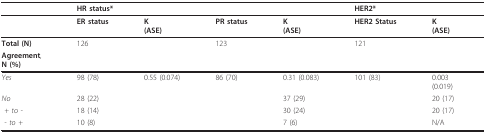
<table><thead><tr><td></td><td colspan="4"><b>HR status*</b></td><td><b>HER2*</b></td><td></td></tr></thead><tbody><tr><td></td><td><b>ER status</b></td><td><b>K</b><b>(ASE)</b></td><td><b>PR status</b></td><td><b>K</b><b>(ASE)</b></td><td><b>HER2 Status</b></td><td><b>K</b><b>(ASE)</b></td></tr><tr><td><b>Total (N)</b></td><td>126</td><td></td><td>123</td><td></td><td>121</td><td></td></tr><tr><td><b>Agreement</b>,<b>N (%)</b></td><td></td><td></td><td></td><td></td><td></td><td></td></tr><tr><td><i>Yes</i></td><td>98 (78)</td><td>0.55 (0.074)</td><td>86 (70)</td><td>0.31 (0.083)</td><td>101 (83)</td><td>0.003(0.019)</td></tr><tr><td><i>No</i></td><td>28 (22)</td><td></td><td></td><td>37 (29)</td><td></td><td>20 (17)</td></tr><tr><td><i> + to - </i></td><td>18 (14)</td><td></td><td></td><td>30 (24)</td><td></td><td>20 (17)</td></tr><tr><td><i> - to +</i></td><td>10 (8)</td><td></td><td></td><td>7 (6)</td><td></td><td>N/A</td></tr></tbody></table>